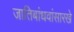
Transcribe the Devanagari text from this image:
जातिबांधवांसारखे